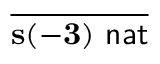
\frac { } { \mathbf { s ( - 3 ) } \, \, { \mathsf { n a t } } }